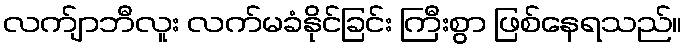
လက်ျာဘီလူး လက်မခံနိုင်ခြင်း ကြီးစွာ ဖြစ်နေရသည်။